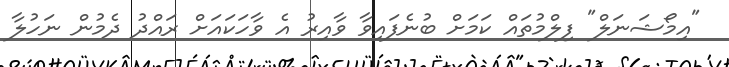
"އިމޯޝަނަލް" ފިލްމުތައް ކަމަށް ބުނެފައިވާ ވާއިރު އެ ވާހަކައަށް ރައްދު ދެމުން ނަހުލާ